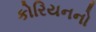
કોરિયનનો